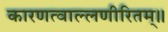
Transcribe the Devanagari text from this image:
कारणत्वाल्लणीरितम्॥